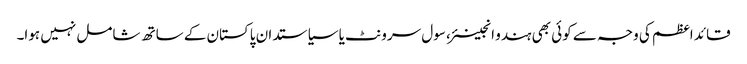
قائد اعظم کی وجہ سے کوئی بھی ہندو انجینئر، سول سرونٹ یا سیاستدان پاکستان کے ساتھ شامل نہیں ہوا۔